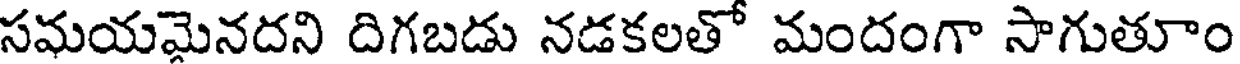
సమయమైనదని దిగబడు నడకలతో మందంగా సాగుతూం